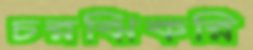
চরঝিকরি